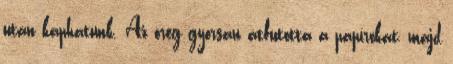
után kaphatunk. Az öreg gyorsan átfutotta a papírokat, majd